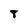
Character: 8